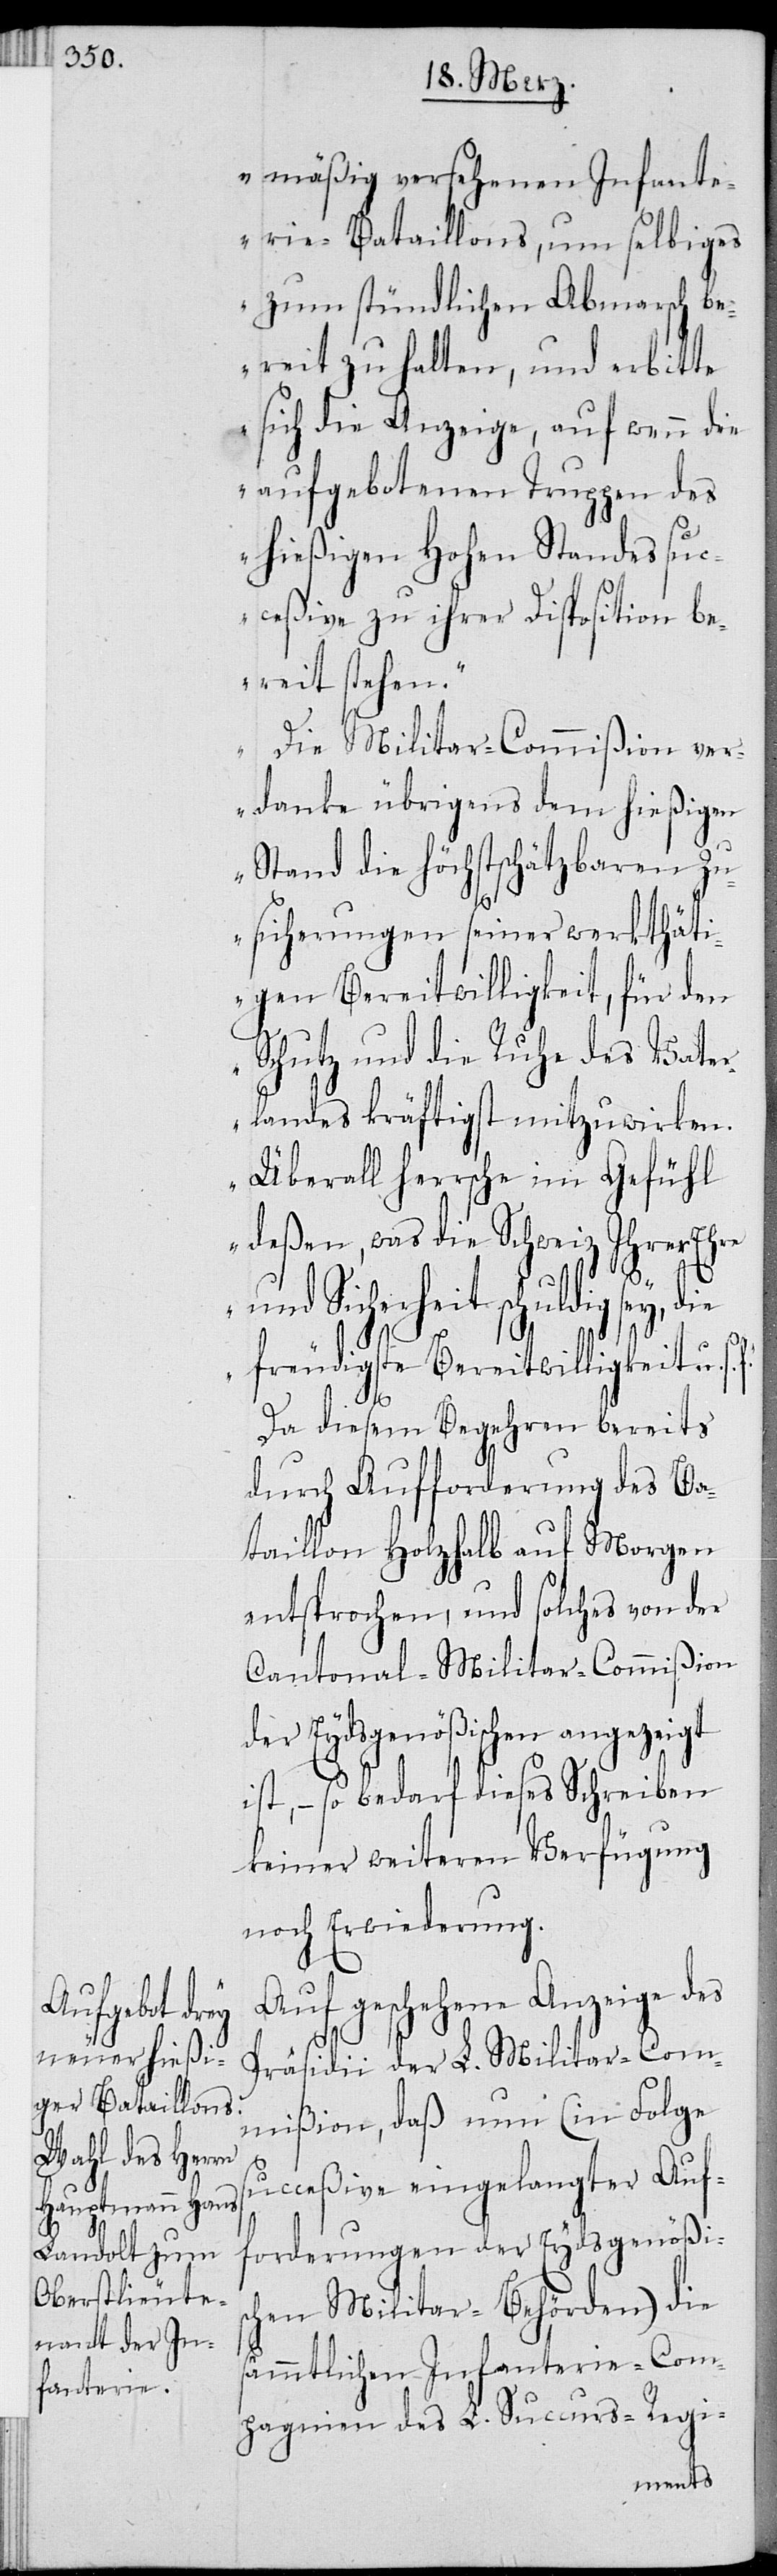
mäßig versehenen Infante¬
rie-Bataillons, um selbiges
zum stündlichen Abmarsch be¬
reit zu halten, und erbitte
sich die Anzeige, auf wenn die
aufgebotenen Truppen des
hießigen Hohen Standes suc¬
ceßive zu ihrer Disposition be¬
reit stehen.
Die Militar-Commißion ver¬
danke übrigens dem hießigen
Stand die höchstschätzbaren Zu¬
sicherungen seiner werkthäti¬
gen Bereitwilligkeit, für den
Schutz und die Ruhe des Vater¬
landes kräftigst mitzuwirken.
Überall herrsche im Gefühl
deßen, was die Schweiz Ihrer Ehre
und Sicherheit schuldig sey, die
freudigste Bereitwilligkeit. u.
Da diesem Begehren bereits
durch Aufforderung des Ba¬
taillon Holzhalb auf Morgen
entsprochen, und solches von der
Cantonal-Militar-Commißion
der Eydsgenößischen angezeigt
ist, – so bedarf dieses Schreiben
keiner weiteren Verfügung
noch Erwiederung.
Auf geschehene Anzeige des
Präsidii der L. Militar-Com¬
mißion, daß nun (in Folge
succeßive eingelangter Auf¬
forderungen der Eydsgnößis¬
chen Militar-Behörden) die
sämmtlichen Infanterie-Com¬
pagnien des L. Succurs-Regi-